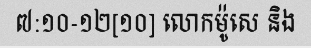
៧:១០-១២[១០] លោកម៉ូសេ និង